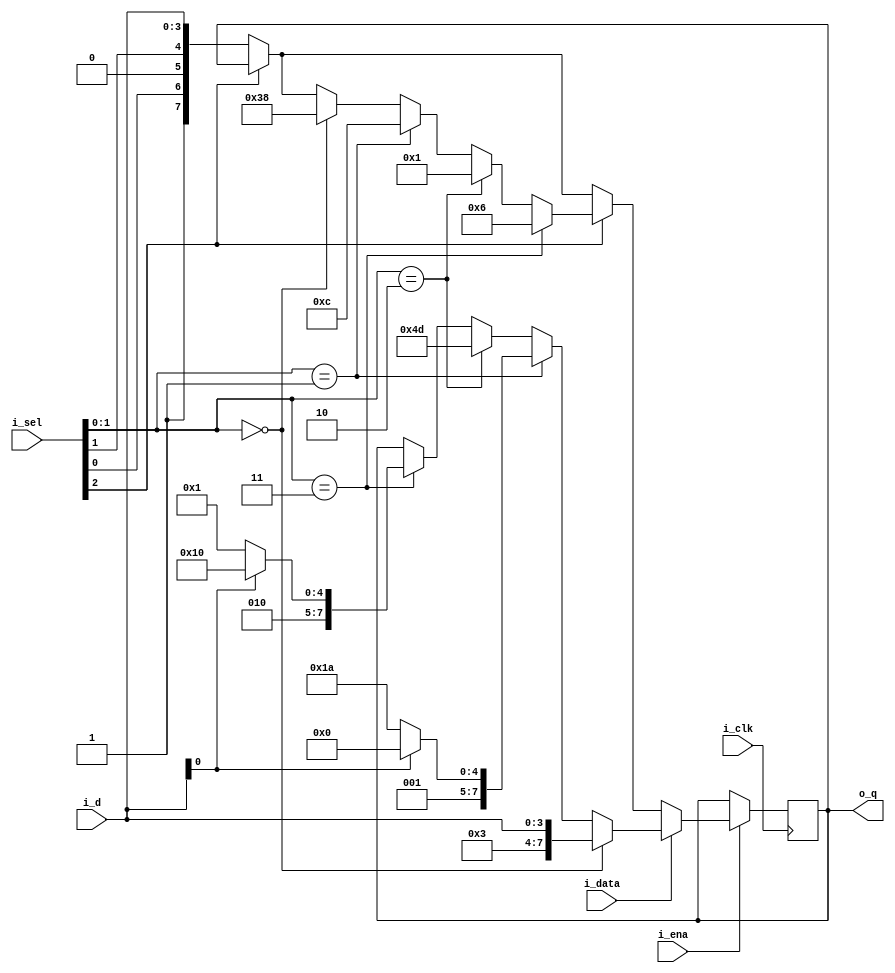
`timescale 1ns / 1ps
//////////////////////////////////////////////////////////////////////////////////
// Company: 
// Engineer: 
// 
// Design Name: 
// Module Name:    ST7066U_data_output 
// Project Name: 
// Target Devices: 
// Tool versions: 
// Description: 
//
// Dependencies: 
//
// Revision: 
// Revision 0.01 - File Created
// Additional Comments: 
//
//////////////////////////////////////////////////////////////////////////////////
module ST7066U_data_output(
    input i_clk,
    input i_ena,				// Enable signal
	 input i_data,				// If high, output clock value, if low, output address location
	 input [2:0] i_sel,		// If data_write mode, determines if data should be a number or letter, else, selects which line to set address too
    input [3:0] i_d,			// Input number or Address
    output reg [7:0] o_q	// Data output for driver
    );
	 

	 always @(posedge i_clk) begin
		if (i_ena) begin
			if (i_data) begin
				if (i_sel[1:0] == 2'b11) begin
					if (i_d[0]==1'b1) o_q <= 8'h50; // "P"
					else o_q <= 8'h41;				  // "A"
				end
				if (i_sel[1:0] == 2'b10) o_q <= 8'h4d; // "M"
				if (i_sel[1:0] == 2'b01) begin
					if (i_d[0]==1'b0) o_q <=8'h3a; // ":"
					if (i_d[0]==1'b1) o_q <=8'h20; // " "
				end
				if (i_sel[1:0] == 2'b00) o_q <= {4'h3, i_d};	// Number
				
			end else begin
				if (i_sel[2] == 1'b0) o_q <= {1'b1, i_sel[0], 1'b0, i_sel[1], i_d}; // Write address data
				if (i_sel[2] == 1'b1) begin
					if (i_sel[1:0] == 2'b00) o_q <= 8'h38; // "001NF00"
					if (i_sel[1:0] == 2'b01) o_q <= 8'h0c; // "00001DCB"
					if (i_sel[1:0] == 2'b10) o_q <= 8'h01; // Display Clear
					if (i_sel[1:0] == 2'b11) o_q <= 8'h06; // "000001(I/D)S"
				end
			end
		end
	 end

endmodule